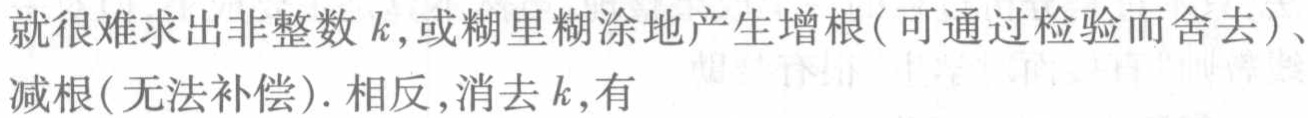
就很难求出非整数 \(k\)，或糊里糊涂地产生增根（可通过检验而舍去）、减根（无法补偿）. 相反，消去 \(k\)，有